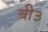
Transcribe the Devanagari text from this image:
बी३